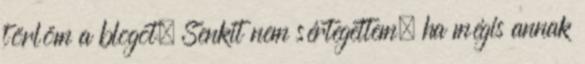
törlöm a blogot. Senkit nem sértegettem, ha mégis annak